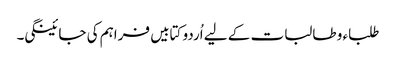
طلباء و طالبات کے لیے اُردو کتابیں فراہم کی جائینگی۔